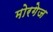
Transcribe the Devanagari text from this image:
मोरगेज